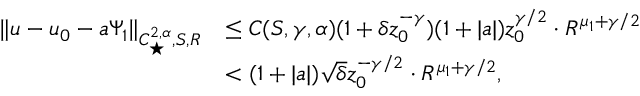
\begin{array} { r l } { \| u - u _ { 0 } - a \Psi _ { 1 } \| _ { C _ { \star } ^ { 2 , \alpha } , S , R } } & { \leq C ( S , \gamma , \alpha ) ( 1 + \delta z _ { 0 } ^ { - \gamma } ) ( 1 + | a | ) z _ { 0 } ^ { \gamma / 2 } \cdot R ^ { \mu _ { 1 } + \gamma / 2 } } \\ & { < ( 1 + | a | ) \sqrt { \delta } z _ { 0 } ^ { - \gamma / 2 } \cdot R ^ { \mu _ { 1 } + \gamma / 2 } , } \end{array}